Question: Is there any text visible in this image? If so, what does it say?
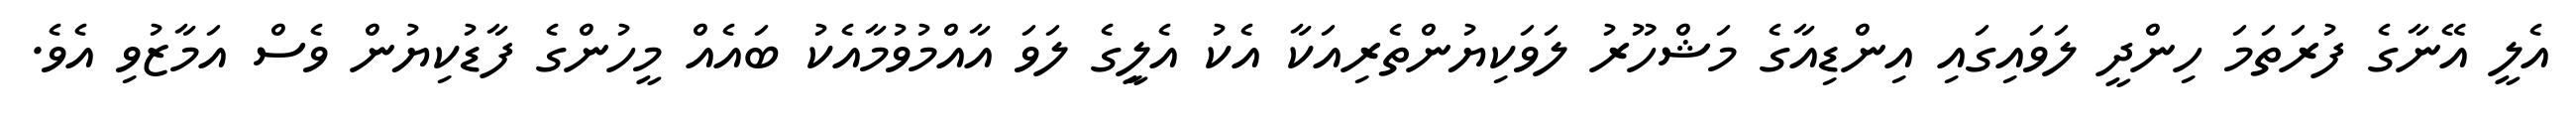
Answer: އެލީ އޭނާގެ ފުރަތަމަ ހިންދީ ލަވައިގައި އިންޑިއާގެ މަޝްހޫރު ލަވަކިޔުންތެރިއަކާ އެކު އެލީިގެ ލަވަ އާއްމުވުމާއެކު ބައެއް މީހުންގެ ފާޑުކިޔުން ވެސް އަމާޒުވި އެވެ.